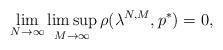
LaTeX: \begin{align*}\lim_{N\rightarrow\infty}\limsup_{M\rightarrow\infty}\rho(\lambda^{N,M},p^*) = 0,\end{align*}